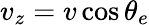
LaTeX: v_{z}=v\cos\theta_{e}